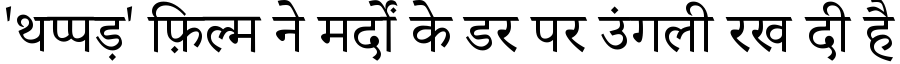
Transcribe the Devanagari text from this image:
'थप्पड़' फ़िल्म ने मर्दों के डर पर उंगली रख दी है